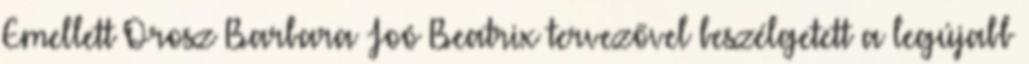
Emellett Orosz Barbara Joó Beatrix tervezővel beszélgetett a legújabb